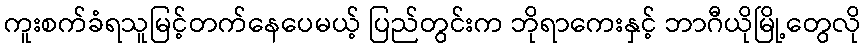
ကူးစက်ခံရသူမြင့်တက်နေပေမယ့် ပြည်တွင်းက ဘိုရာကေးနှင့် ဘာဂီယိုမြို့တွေလို